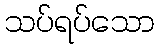
သပ်ရပ်သော